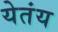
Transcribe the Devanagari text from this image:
येतंय